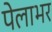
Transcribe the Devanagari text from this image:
पेलाभर